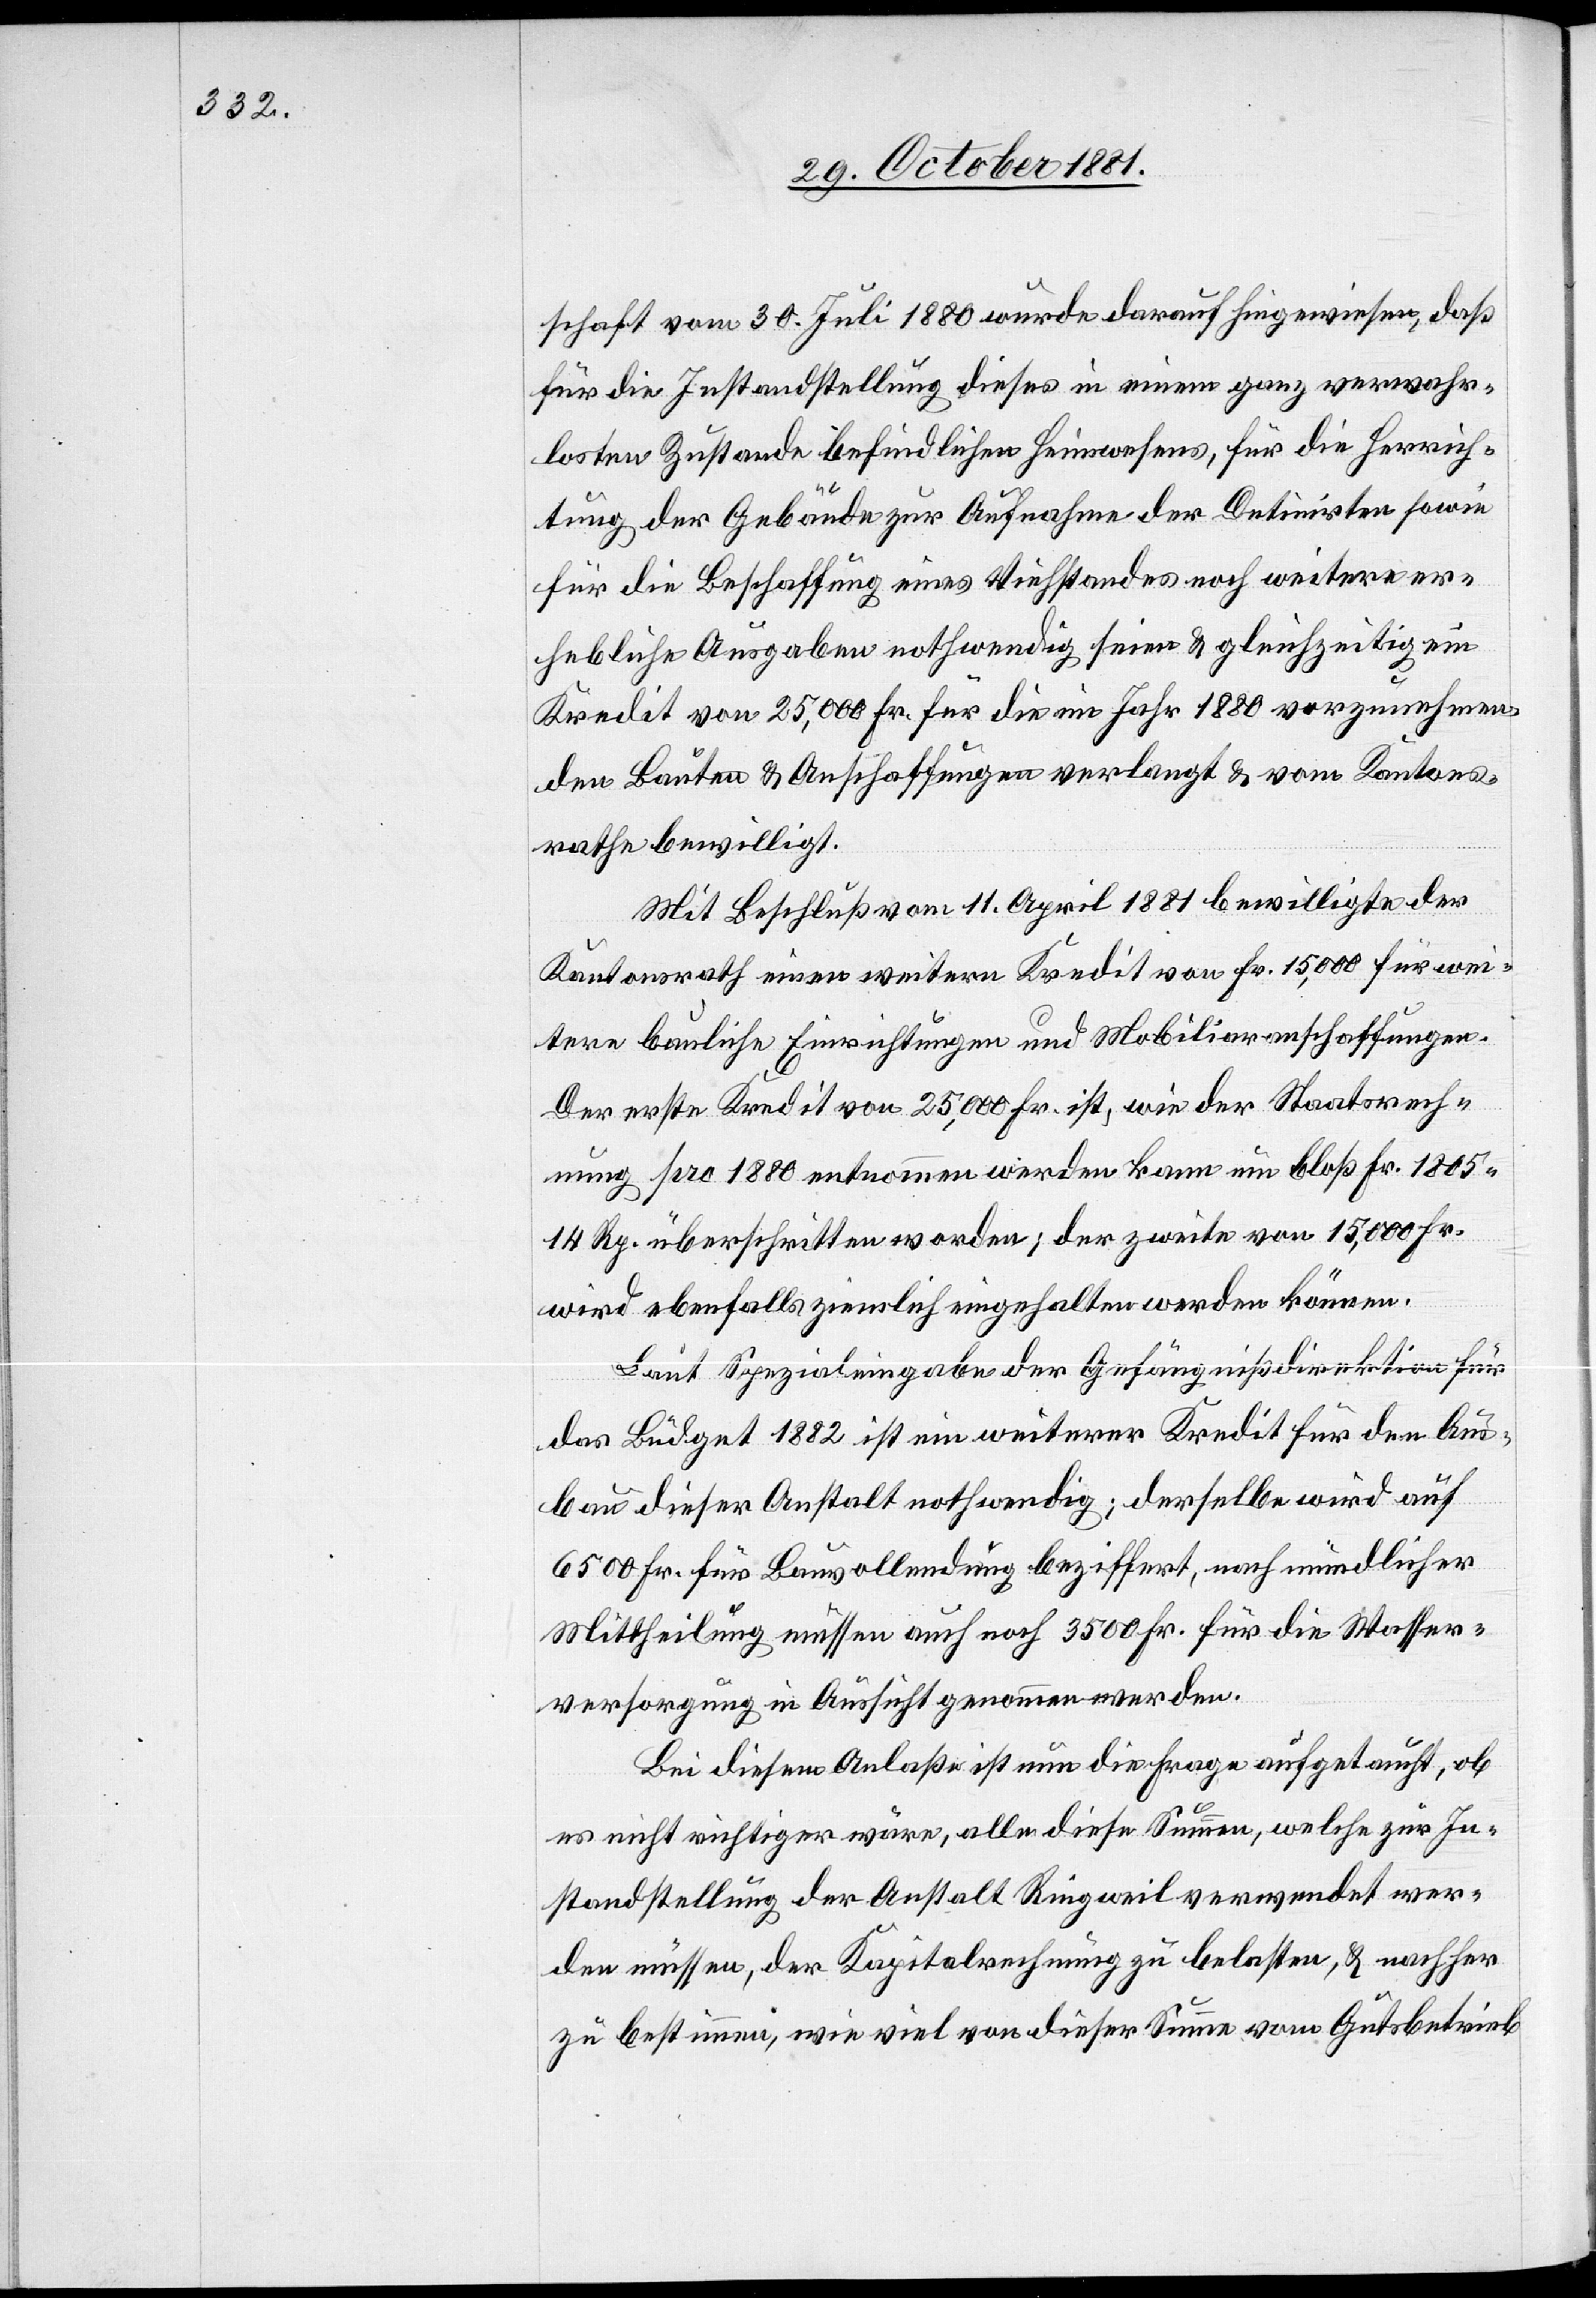
schaft vom 30. Juli 1880 wurde darauf hingewiesen, daß
für die Instandstellung dieses in einem ganz verwahr¬
losten Zustande befindlichen Heimwesens, für die Herrich¬
tung der Gebäude zur Aufnahme der Detinirten sowie
für die Beschaffung eines Viehstandes noch weiter er¬
hebliche Ausgaben nothwendig seien & gleichzeitig ein
Kredit von 25,000 Fr. für die im Jahr 1880 vorzunehmen¬
den Bauten & Anschaffungen verlangt & vom Kantons¬
rathe bewilligt.
Mit Beschluß vom 11. April 1881 bewilligte der
Kantonsrath einen weitern Kredit von Fr. 15,000 für wei¬
tere bauliche Einrichtungen und Mobiliaranschaffungen.
Der erste Kredit von 25,000 Fr. ist, wie der Staatsrech¬
nung pro 1880 entnommen werden kann um bloß Fr. 1805
14 Rp. überschritten worden; der zweite von 15,000 Fr.
wird ebenfalls ziemlich eingehalten werden können.
Laut Spezialeingabe der Gefängnißdirektion für
das Büdget 1882 ist ein weiterer Kredit für den Aus¬
bau dieser Anstalt nothwendig; derselbe wird auf
6500 Fr. für Bauvollendung beziffert, nach mündlicher
Mittheilung müssen auch noch 3500 Fr. für die Wasser¬
versorgung in Aussicht genommen werden.
Bei diesem Anlaße ist nun die Frage aufgetaucht, ob
es nicht richtiger wäre, alle diese Summen, welche zur In¬
standstellung der Anstalt Ringweil verwendet wer¬
den müssen, der Kapitalrechnung zu belasten, & nachher
zu bestimmen, wie viel von dieser Summe vom Gutsbetrieb